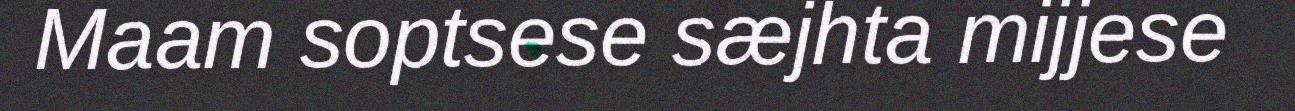
Maam soptsese sæjhta mijjese